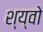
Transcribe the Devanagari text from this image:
श्य्वो